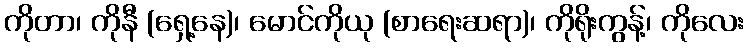
ကိုတာ၊ ကိုနီ (ရှေ့နေ)၊ မောင်ကိုယု (စာရေးဆရာ)၊ ကိုရိုးကွန့်၊ ကိုလေး